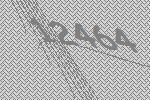
12464